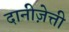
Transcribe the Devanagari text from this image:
दानीज़ेत्ती